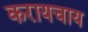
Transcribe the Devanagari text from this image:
करायचाय